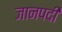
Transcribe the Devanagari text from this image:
जानपदी